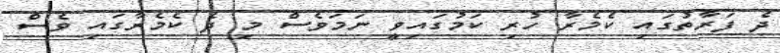
ދެ ފަރާތުގައި ކެމެރާ ހުރި ކަމުގައިވީ ނަމަވެސް މި ދެ ކެމެރާގައި ވެސް